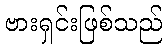
ဗားရှင်းဖြစ်သည်